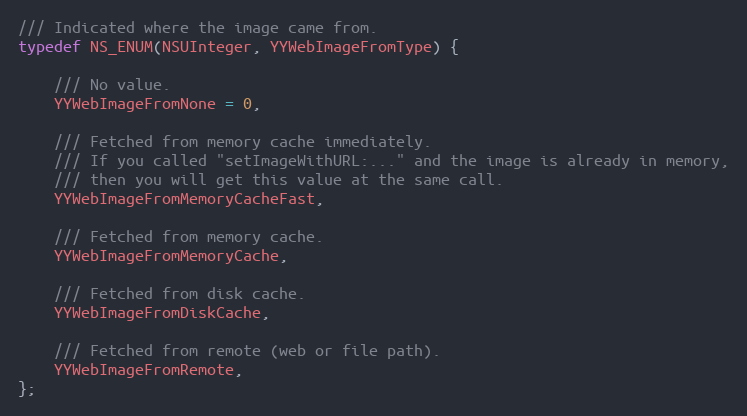
Language: C
/// Indicated where the image came from.
typedef NS_ENUM(NSUInteger, YYWebImageFromType) {

    /// No value.
    YYWebImageFromNone = 0,

    /// Fetched from memory cache immediately.
    /// If you called "setImageWithURL:..." and the image is already in memory,
    /// then you will get this value at the same call.
    YYWebImageFromMemoryCacheFast,

    /// Fetched from memory cache.
    YYWebImageFromMemoryCache,

    /// Fetched from disk cache.
    YYWebImageFromDiskCache,

    /// Fetched from remote (web or file path).
    YYWebImageFromRemote,
};